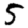
Digit: 5